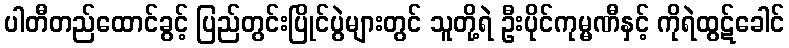
ပါတီတည်ထောင်ခွင့် ပြည်တွင်းပြိုင်ပွဲများတွင် သူတို့ရဲ ဦးပိုင်ကုမ္မဏီနှင့် ကိုရဲထွဋ်ခေါင်